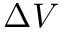
\Delta V